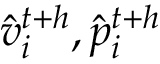
\hat { v } _ { i } ^ { t + h } , \hat { p } _ { i } ^ { t { + } h }